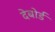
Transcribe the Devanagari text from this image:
देबोर्ड